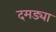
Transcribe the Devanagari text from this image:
दमड्या